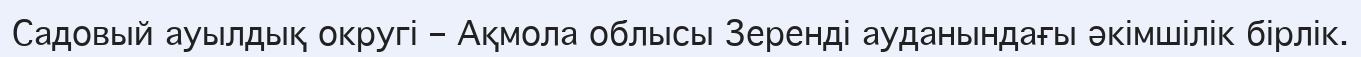
Садовый ауылдық округі – Ақмола облысы Зеренді ауданындағы әкімшілік бірлік.